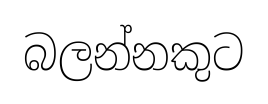
බලන්නකුට